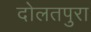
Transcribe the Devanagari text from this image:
दोलतपुरा